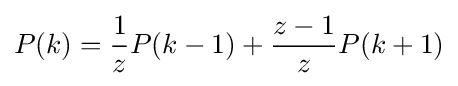
P(k)={\frac {1}{z}}P(k-1)+{\frac {z-1}{z}}P(k+1)